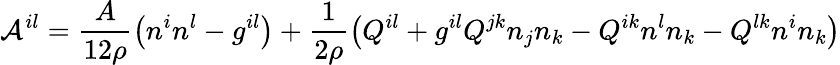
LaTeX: {\cal A}^{il}=\frac{A}{12\rho}\left(n^{i}n^{l}-g^{il}\right)+\frac 1{2\rho}\left(Q^{il}+g^{il}Q^{jk}n_{j}n_{k}-Q^{ik}n^{l}n_{k}-Q^{lk}n^{i}n_{k}\right)